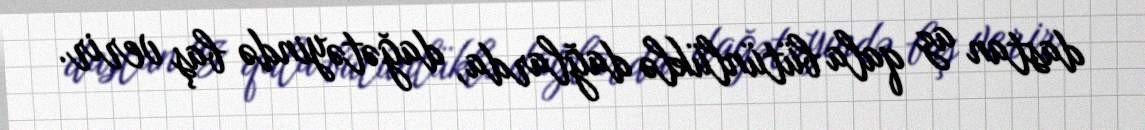
dastan az qala bütünlüklə dağlarda, dağətəyində baş verir.